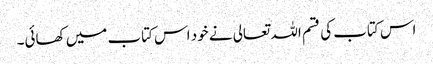
اس کتاب کی قسم اللہ تعالی نے خود اس کتاب میں‌ کھائی۔